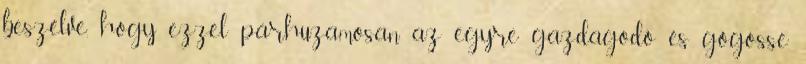
beszélve, hogy ezzel párhuzamosan az egyre gazdagodó és gőgössé